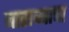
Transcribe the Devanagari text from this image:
बाराव्याचा